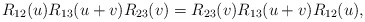
\begin{align*}R_{12}(u) R_{13}(u+v) R_{23}(v) = R_{23}(v) R_{13}(u+v) R_{12}(u),\end{align*}